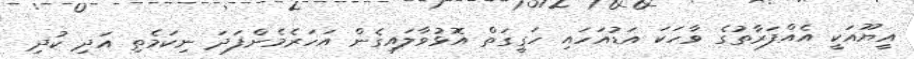
އީޔޫއަކީ އެއްފަރާތުގެ ވާހަކަ އަޑުއަހައި ހަގީގަތް އޮޅުވާލައިގެން އަހަރެމެންފަދަ ނިކަމެތި އަދި ކުދި